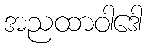
အညထာဝါဒေါ